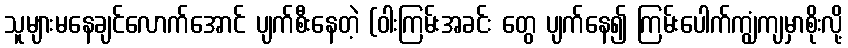
သူများမနေချင်လောက်အောင် ပျက်စီးနေတဲ့ (ဝါးကြမ်းအခင်း တွေ ပျက်နေ၍ ကြမ်းပေါက်ကျွံကျမှာစိုးလို့